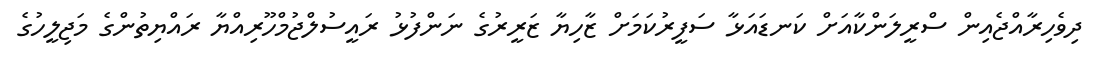
ދިވެހިރާއްޖެއިން ސްރީލަންކާއަށް ކަނޑައަޅާ ސަފީރުކަމަށް ޒާހިޔާ ޒަރީރުގެ ނަންފުޅު ރައީސުލްޖުމްހޫރިއްޔާ ރައްޔިތުންގެ މަޖިލީހުގެ